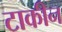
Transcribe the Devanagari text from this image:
टाकीन